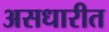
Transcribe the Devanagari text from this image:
असधारीत